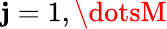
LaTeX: \mathbf{j}=1,\dotsM